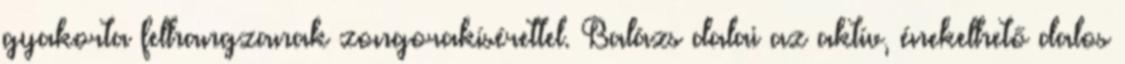
gyakorta felhangzanak zongorakísérettel. Balázs dalai az aktív, énekelhető dalos